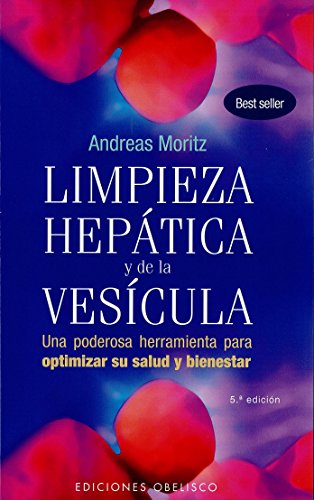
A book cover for Limpieza hepatica y de la vesicula (Coleccion Salud y Vida Natural) (Spanish Edition); Andreas Moritz; Health, Fitness & Dieting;